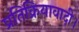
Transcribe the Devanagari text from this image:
प्रतिक्रियावादी।